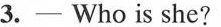
3. - Who is she?